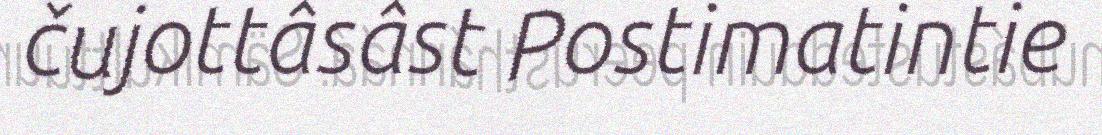
čujottâsâst Postimatintie